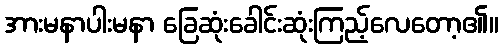
အားမနာပါးမနာ ခြေဆုံးခေါင်းဆုံးကြည့်လေတော့၏။